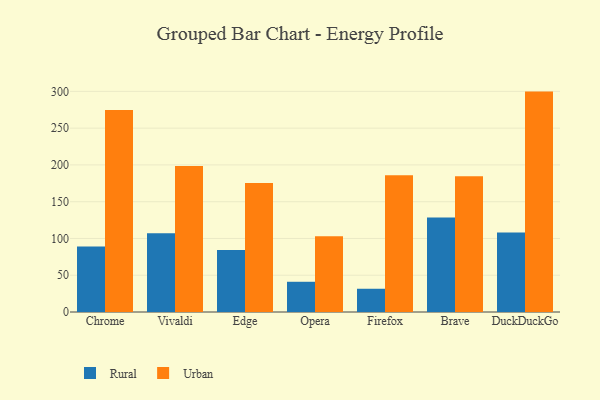
{"axis": {"x": "Browser", "y": "Demand Index"}, "legend": ["Rural", "Urban"], "data": [{"x": "Chrome", "y": 89.0, "type": "Rural"}, {"x": "Chrome", "y": 274.8, "type": "Urban"}, {"x": "Vivaldi", "y": 107.0, "type": "Rural"}, {"x": "Vivaldi", "y": 198.6, "type": "Urban"}, {"x": "Edge", "y": 84.3, "type": "Rural"}, {"x": "Edge", "y": 175.3, "type": "Urban"}, {"x": "Opera", "y": 41.1, "type": "Rural"}, {"x": "Opera", "y": 103.1, "type": "Urban"}, {"x": "Firefox", "y": 31.6, "type": "Rural"}, {"x": "Firefox", "y": 185.8, "type": "Urban"}, {"x": "Brave", "y": 128.5, "type": "Rural"}, {"x": "Brave", "y": 184.7, "type": "Urban"}, {"x": "DuckDuckGo", "y": 108.0, "type": "Rural"}, {"x": "DuckDuckGo", "y": 299.7, "type": "Urban"}]}